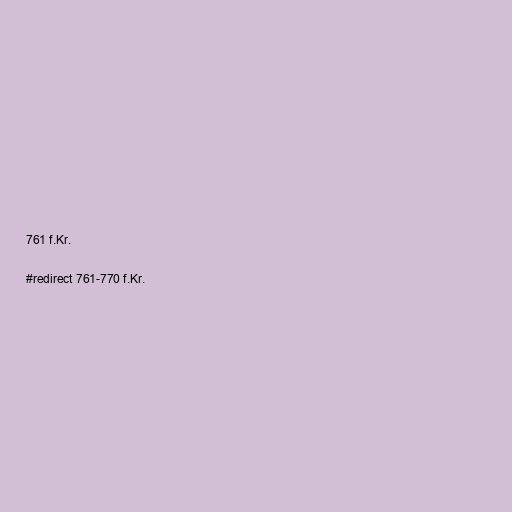
761 f.Kr.

#redirect 761-770 f.Kr.